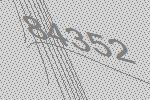
84352